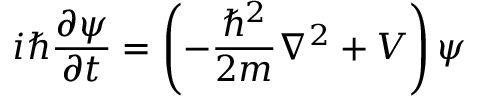
i \hbar { \frac { \partial \psi } { \partial t } } = \left( - { \frac { \hbar ^ { 2 } } { 2 m } } \nabla ^ { 2 } + V \right) \psi \quad